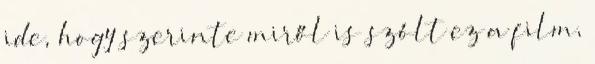
ide, hogy szerinte miről is szólt ez a film,